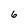
Character: 6